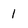
Character: 1